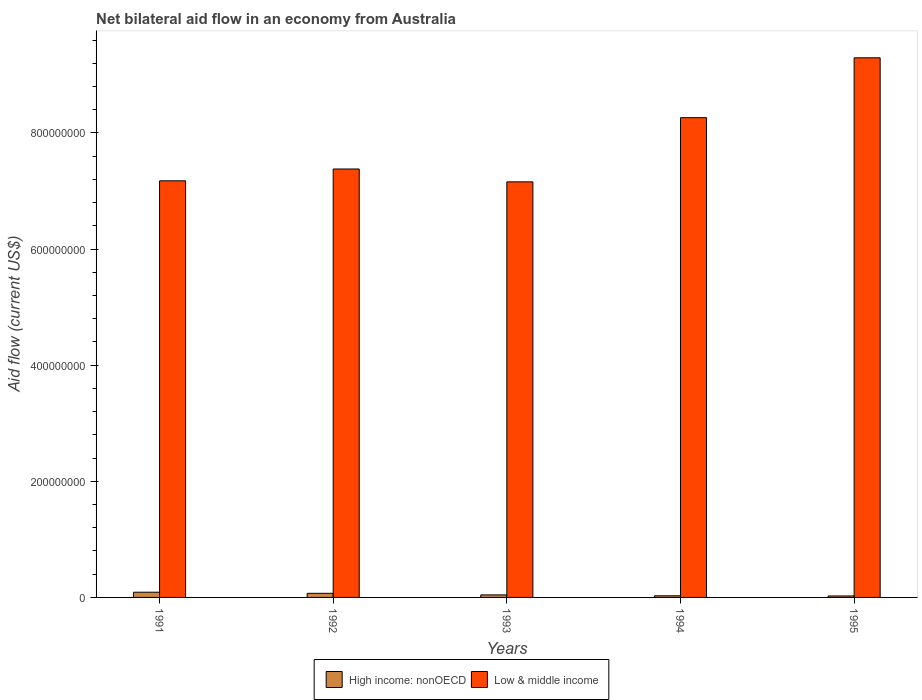
| Years | High income: nonOECD | Low & middle income |
 | --- | --- | --- |
 | 1991 | 8.97e+06 | 7.18e+08 |
 | 1992 | 7.07e+06 | 7.38e+08 |
 | 1993 | 4.34e+06 | 7.16e+08 |
 | 1994 | 2.82e+06 | 8.26e+08 |
 | 1995 | 2.53e+06 | 9.29e+08 |